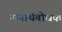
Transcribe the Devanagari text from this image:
नानार्थबोधक